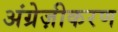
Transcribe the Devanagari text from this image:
अंग्रेज़ीकरण